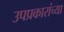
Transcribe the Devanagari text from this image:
उपप्रकारांच्या